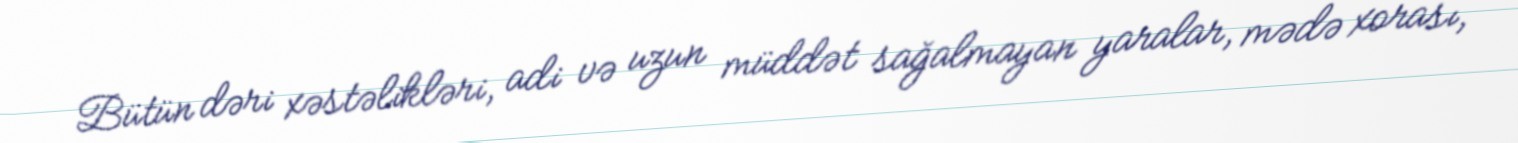
Bütün dəri xəstəlikləri, adi və uzun müddət sağalmayan yaralar, mədə xorası,